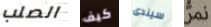
الصلب كيف سيندى نمر